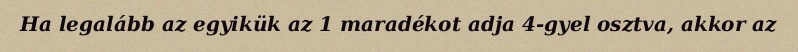
Ha legalább az egyikük az 1 maradékot adja 4-gyel osztva, akkor az